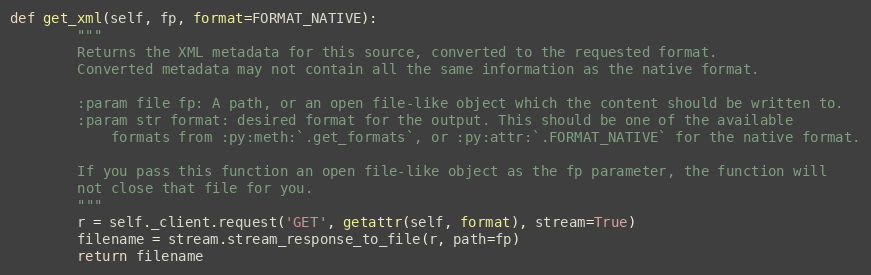
Language: Python
def get_xml(self, fp, format=FORMAT_NATIVE):
        """
        Returns the XML metadata for this source, converted to the requested format.
        Converted metadata may not contain all the same information as the native format.

        :param file fp: A path, or an open file-like object which the content should be written to.
        :param str format: desired format for the output. This should be one of the available
            formats from :py:meth:`.get_formats`, or :py:attr:`.FORMAT_NATIVE` for the native format.

        If you pass this function an open file-like object as the fp parameter, the function will
        not close that file for you.
        """
        r = self._client.request('GET', getattr(self, format), stream=True)
        filename = stream.stream_response_to_file(r, path=fp)
        return filename